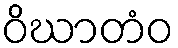
ဝိဃာတံဝ